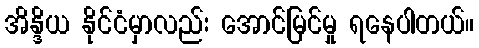
အိန္ဒိယ နိုင်ငံမှာလည်း အောင်မြင်မှု ရနေပါတယ်။